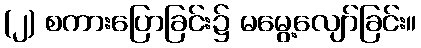
(၂) စကားပြောခြင်း၌ မမွေ့လျော်ခြင်း။